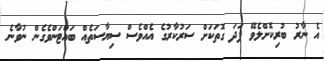
އެ ނާރު ބުރިކޮށްލެވޭ ފަދަ ގޮތަކަށް ސަރުކާރުގެ އެއްވެސް ސިޔާސަތެއް ބައްޓަންވެގެން ނުވާނެ